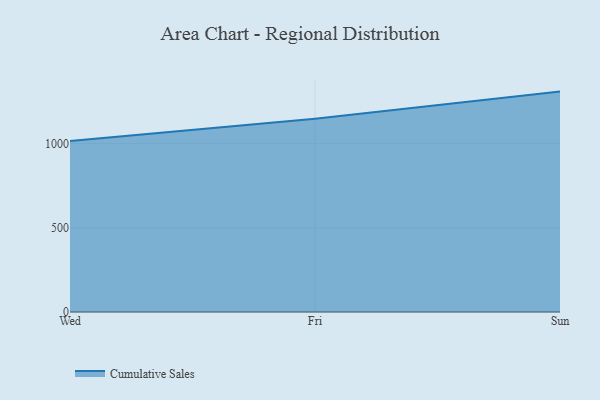
{"axis": {"x": "Day", "y": "Conversion Rate (%)"}, "legend": ["Cumulative Sales"], "data": [{"x": "Wed", "y": 1016.3, "type": "Cumulative Sales"}, {"x": "Fri", "y": 1147.6, "type": "Cumulative Sales"}, {"x": "Sun", "y": 1309.3, "type": "Cumulative Sales"}]}